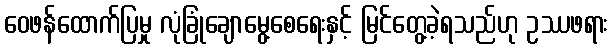
ဝေဖန်ထောက်ပြမှု လုံခြုံချောမွေ့စေရေးနှင့် မြင်တွေ့ခဲ့ရသည်ဟု ဥဿဖရား